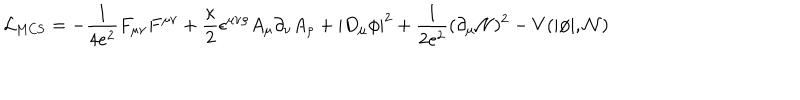
{ \cal L } _ { \mathrm { M C S } } = - \frac { 1 } { 4 e ^ { 2 } } F _ { \mu \nu } F ^ { \mu \nu } + \frac { \kappa } { 2 } \epsilon ^ { \mu \nu \rho } A _ { \mu } \partial _ { \nu } A _ { \rho } + | D _ { \mu } \phi | ^ { 2 } + \frac { 1 } { 2 e ^ { 2 } } ( \partial _ { \mu } { \cal N } ) ^ { 2 } - V ( | \phi | , { \cal N } )